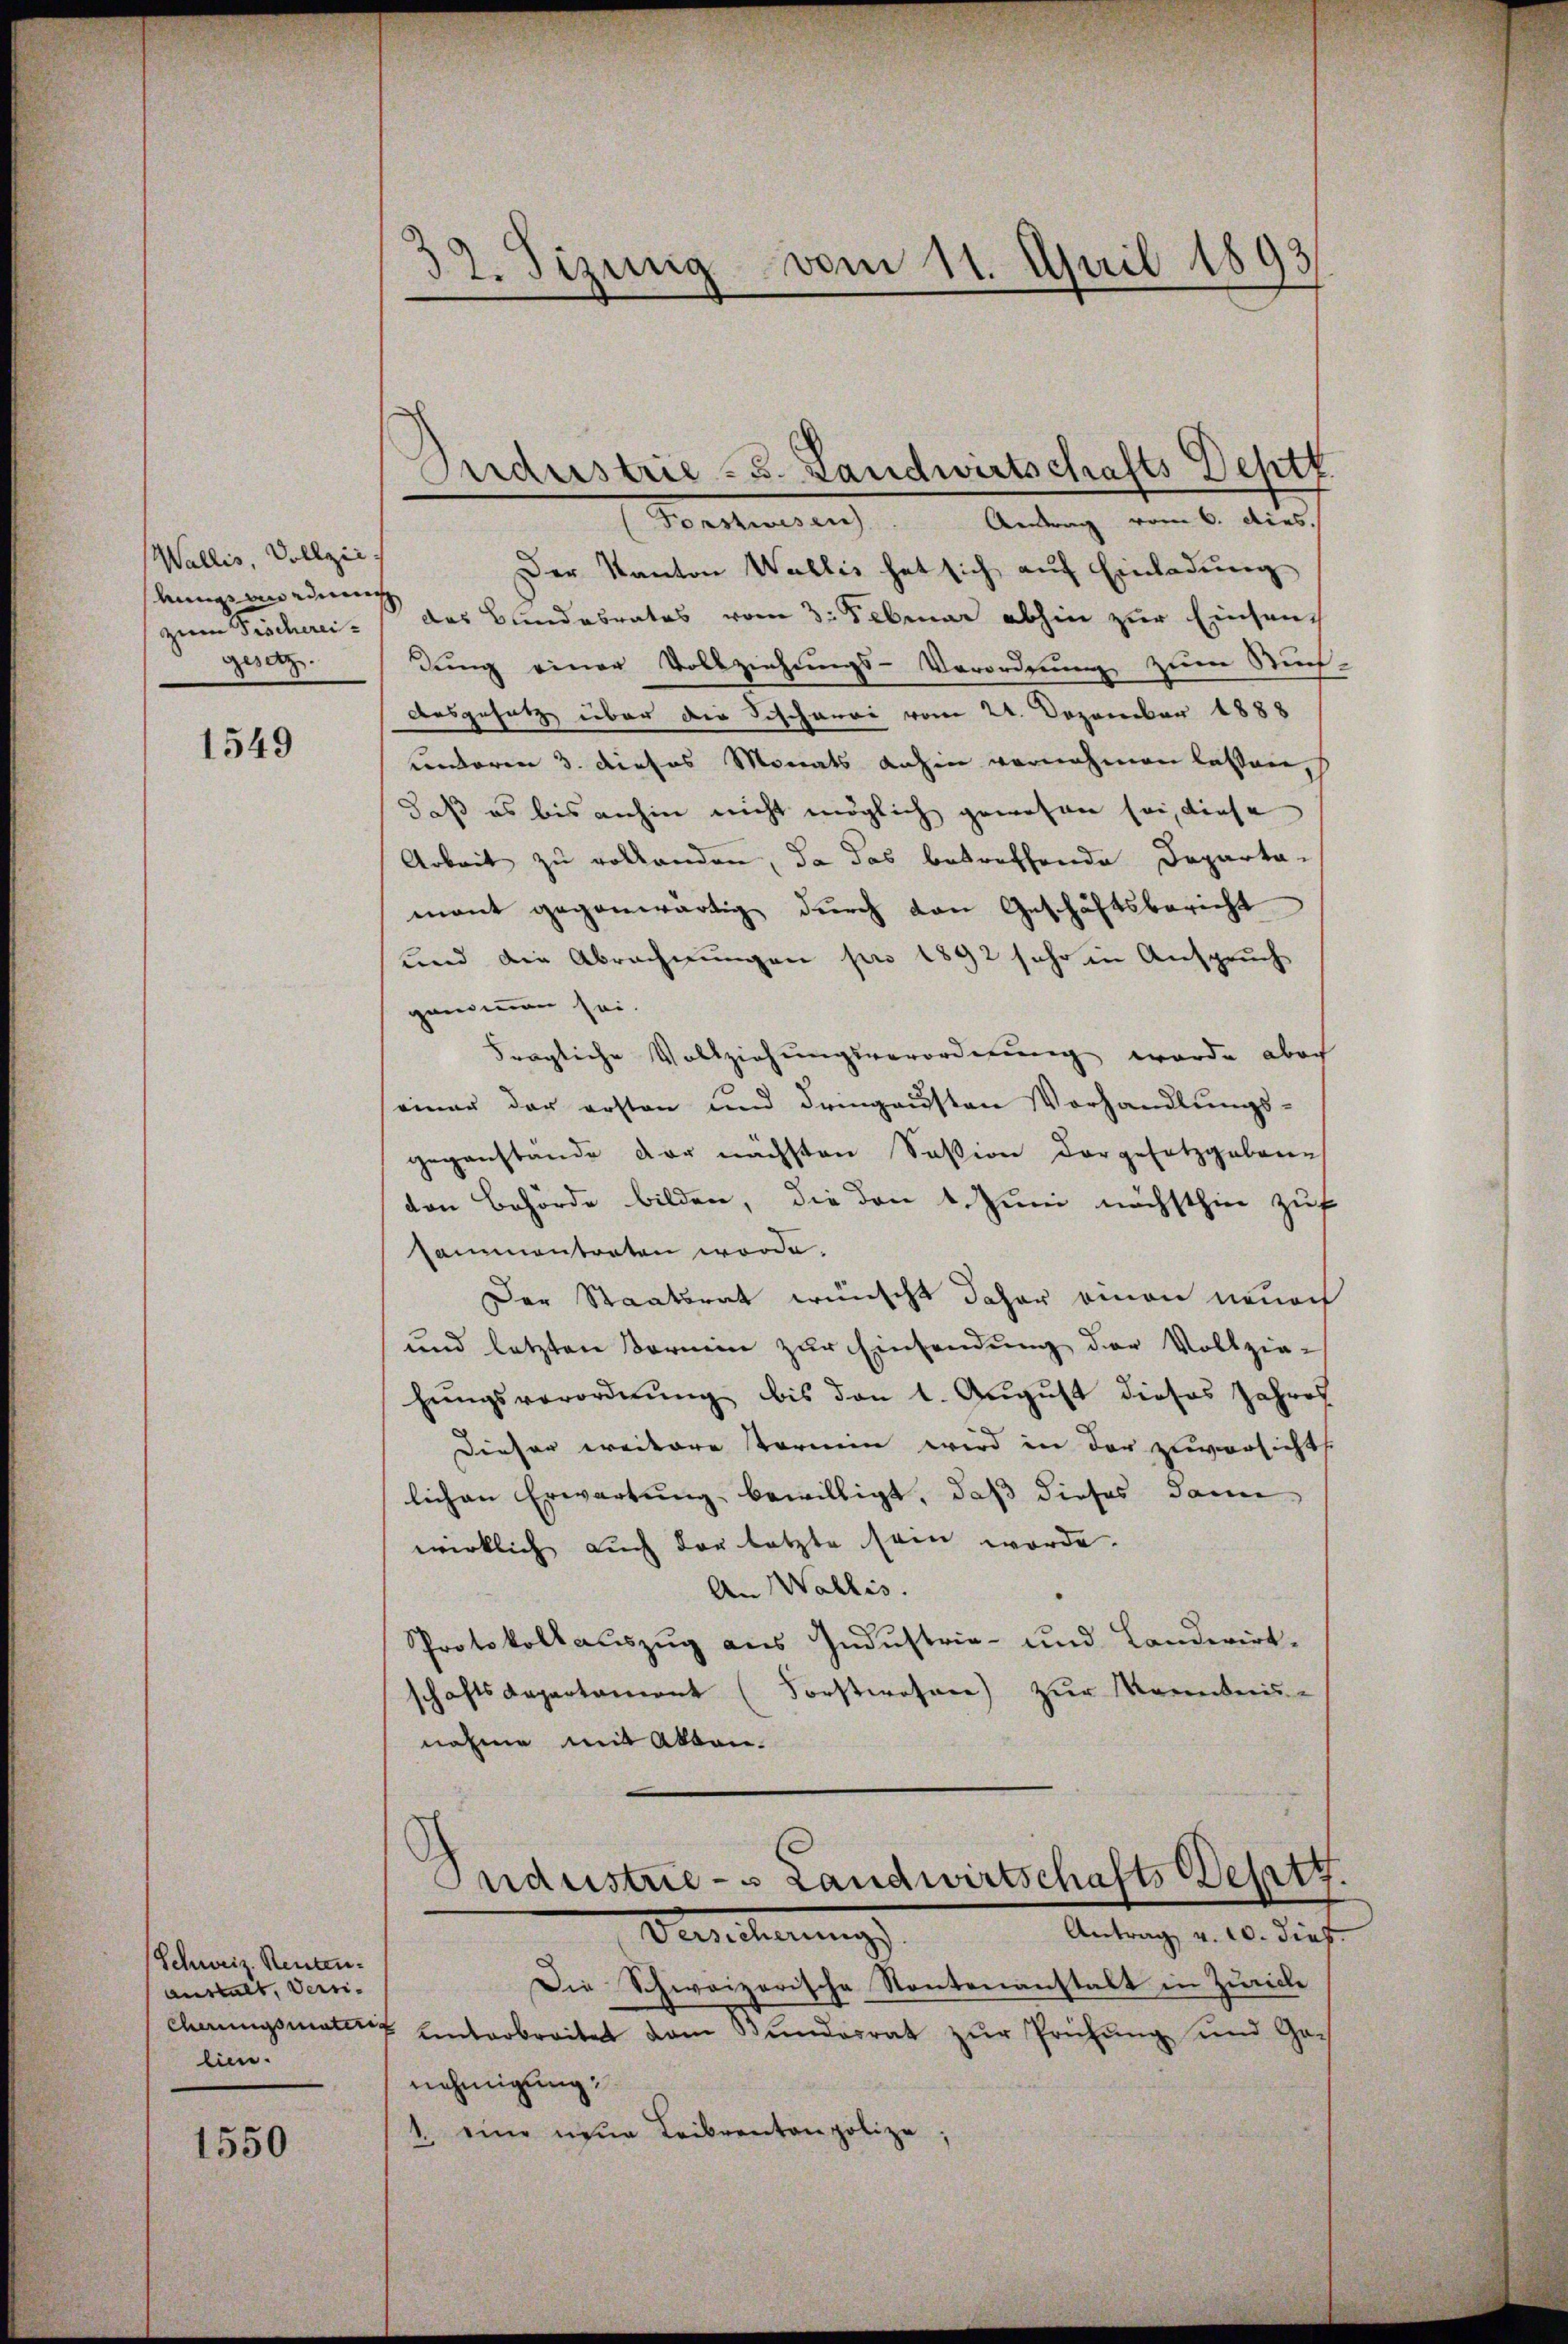
Wallis, Vollzie
Anng an ein
zum Fröchereigesetz

1549

Schweiz. Renten.
anstalt, Verrilien.

1550

32. Sizung vom 11. April 1893.

Sonstwesen. Antrag vom 6. dies
Der Kanton Wallis hat sich auf Einladung
das Bundesrates vom 3. Februar abhin zur Einsam
dung einer Vollziehungs-Verordnung zum Stif-
Ausgesetz über die Schcharei vom 21. Dezember 1888
underen 3. dieses Monats dahin vornehmen lassen,
daß es bis anhin nicht möglich gewohnen sei, diese
Arbeit zu vollanden, da das betreffende Departa-
mant gegenwärtig durch den Geschäftsbericht
und die Abrechnungen pro 1892 sehr in Anspruch
genommen sei.
trägliche Vollziehungsverordnung wurde aber
einer der ersten und dringensten Vorhandlungsgegenstände der nächsten Session dargesetzgebenes
den Behörde bilden, die den 1. Juni nächsthin zuf
sammentreten worde.
Der Staatsrat wünscht daher einen neuoch
und letzten Vormin zur Einsendung der Vollzie-
hungsverordnung bis den 1. August dieses Jahres
Dieser weitere tarnein wird in der zuversichts.
lichen Erwartung bewilligt, daß dieses dann
wirklich auch der letzte sein werde.
An Wallis.
Protokollauszug aus Industrie- und Landwirt-
Forstwesen) zur Kennten-
schaftsdepartament
nahme mit Akten.

Pridustrie-S. Landwirtschafts Deptk

Industrie - Landwirtschafts Besetz
Berlicherungs
Antrag v. 10. dies

Die Schweizerische Routenanstalt in Zürich
cherungsmater hinterbreitet vom Bŭndesrat zŭr Prüfung und Ge-
nehmigung
1. eine neŭe Leibrenten polize;